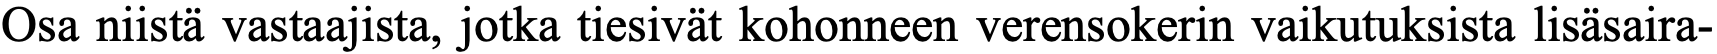
Osa niistä vastaajista, jotka tiesivät kohonneen verensokerin vaikutuksista lisäsaira-